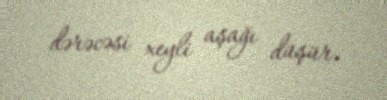
dərəcəsi xeyli aşağı düşür.